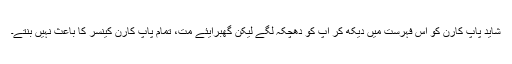
شاید پاپ کارن کو اس فہرست میں دیکھ کر آپ کو دھچکہ لگے لیکن گھبرایئے مت، تمام پاپ کارن کینسر کا باعث نہیں بنتے۔